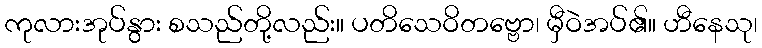
ကုလားအုပ်နွား စသည်တို့လည်း။ ပတိသေဝိတဗ္ဗော၊ မှီဝဲအပ်၏။ ဟီနေသု၊